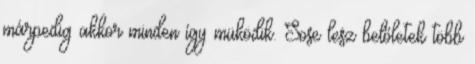
márpedig akkor minden így müködik. Sose lesz belőletek több